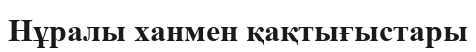
Нұралы ханмен қақтығыстары